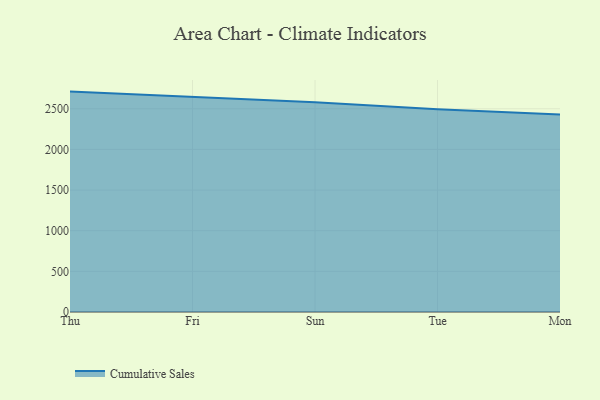
{"axis": {"x": "Day", "y": "Humidity (%)"}, "legend": ["Cumulative Sales"], "data": [{"x": "Thu", "y": 2711.2, "type": "Cumulative Sales"}, {"x": "Fri", "y": 2646.7, "type": "Cumulative Sales"}, {"x": "Sun", "y": 2579.6, "type": "Cumulative Sales"}, {"x": "Tue", "y": 2494.7, "type": "Cumulative Sales"}, {"x": "Mon", "y": 2430.4, "type": "Cumulative Sales"}]}